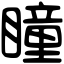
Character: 瞳